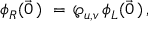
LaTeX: \phi _ { R } ( \vec { 0 } \, ) \, \, = \, \wp _ { u , v } \, \phi _ { L } ( \vec { 0 } \, ) \, ,